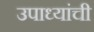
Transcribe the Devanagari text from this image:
उपाध्यांची